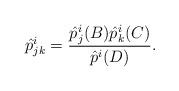
LaTeX: \begin{align*}\hat{p}^i_{jk} = \frac{\hat{p}^i_j(B) \hat{p}^i_k(C)}{\hat{p}^i(D)}.\end{align*}